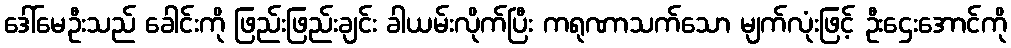
ဒေါ်မေဦးသည် ခေါင်းကို ဖြည်းဖြည်းချင်း ခါယမ်းလိုက်ပြီး ကရုဏာသက်သော မျက်လုံးဖြင့် ဦးဌေးအောင်ကို